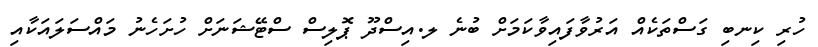
ހުރި ކިނބި ގަސްތަކެއް އަރުވާފައިވާކަމަށް ބުނެ ލ.އިސްދޫ ޕޮލިސް ސްޓޭޝަނަށް ހުށަހެނު މައްސަލައަކާއި